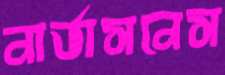
নার্ভাসনেস